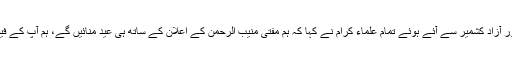
انہوں نے کہا کہ سعودی عرب ، اور آزاد کشمیر سے آئے ہوئے تمام علماء کرام نے کہا کہ ہم مفتی منیب الرحمن کے اعلان کے ساتھ ہی عید منائیں گے، ہم آپ کے فیصلے کی مکمل حمایت کرتے ہیں۔